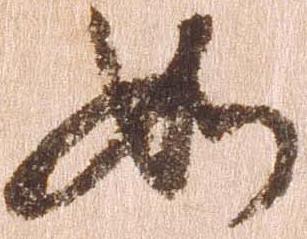
如